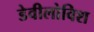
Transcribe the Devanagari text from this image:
डेवीलोविश